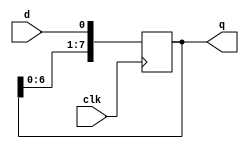
module right_shifter (
  input clk,
  input d,
  output reg [7:0] q
);

  always @(posedge clk) begin
    q <= {q[6:0], d};
  end

  initial begin
    q <= 8'b0;
  end

endmodule